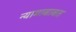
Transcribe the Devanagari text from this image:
न्यायाबाबत